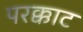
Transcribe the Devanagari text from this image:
परक्काट